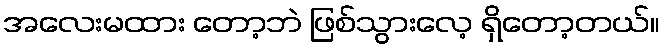
အလေးမထား တော့ဘဲ ဖြစ်သွားလေ့ ရှိတော့တယ်။